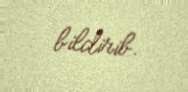
bildirib.